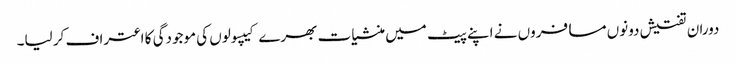
دوران تفتیش دونوں مسافروں نے اپنے پیٹ میں منشیات بھرے کیپسولوں کی موجودگی کا اعتراف کر لیا۔